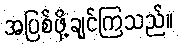
အပြစ်ဖို့ချင်ကြသည်။